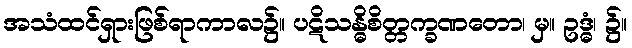
အသံထင်ရှားဖြစ်ရာကာလ၌။ ပဋိသန္ဓိစိတ္တက္ခဏတော၊ မှ။ ဥဒ္ဓံ၊ ၌။